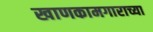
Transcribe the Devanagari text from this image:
खाणकामगाराच्या